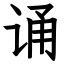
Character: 诵